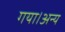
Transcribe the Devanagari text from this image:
गया।अन्य